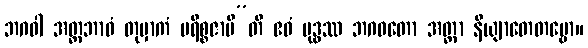
ဘဂဝါ အတ္တဘာဝံ တုမှာကံ ပရိစ္စဇာမီ”တိ ဧဝံ ဗုဒ္ဓဿ ဘဂဝတော အတ္တာ နိယျာတေတဗ္ဗော။